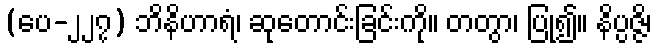
(ပေ-၂၂၇) ဘိနိဟာရံ၊ ဆုတောင်းခြင်းကို။ တတွာ၊ ပြု၍။ နိပ္ပဇ္ဇိ၊